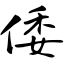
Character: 倭